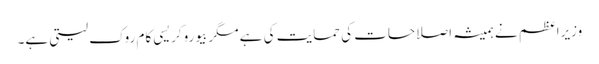
وزیراعظم نے ہمیشہ اصلاحات کی حمایت کی ہے مگر بیوروکریسی کام روک لیتی ہے۔